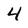
Character: 4